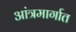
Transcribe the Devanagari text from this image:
आंत्रमार्गात